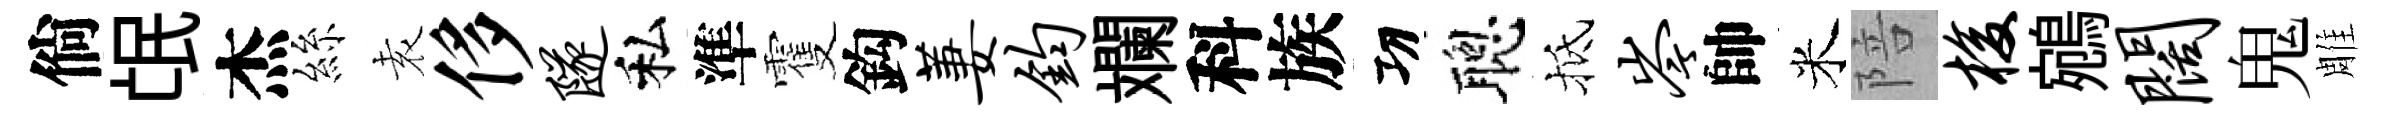
倘氓杰絲𡊮侈隧私準䨥鈎萋钧斕科族㓛聰抵岑帥米陪梭鵷阔鬼雕